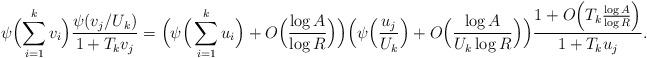
LaTeX: \begin{align*}\psi\Bigl(\sum_{i=1}^k v_i\Bigr)\frac{\psi(v_j/U_k)}{1+T_kv_j}&=\Bigl(\psi\Bigr(\sum_{i=1}^k u_i\Bigr)+O\Bigl(\frac{\log{A}}{\log{R}}\Bigr)\Bigr)\Bigl(\psi\Bigl(\frac{u_j}{U_k}\Bigr)+O\Bigl(\frac{\log{A}}{U_k\log{R}}\Bigr)\Bigr)\frac{1+O\Bigl(T_k\frac{\log{A}}{\log{R}}\Bigr)}{1+T_ku_j}.\end{align*}